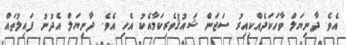
އެވެ. ދާނިޔަލް ވާހަކަދެއްކިއިރު ސަޖަން ޝައުޤުވެރިކަމާއެކު އެހި އެވެ. ދާނިޔަލް އެދުނު ފައިލުތައް